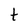
Character: t